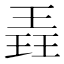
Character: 𮴡